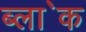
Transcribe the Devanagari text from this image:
ब्ला॓क